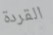
القردة